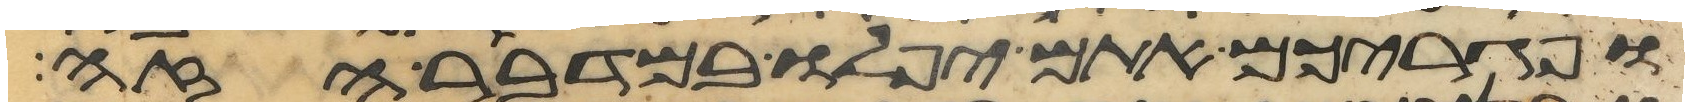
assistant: ופגריכם אתם יפלו במדבר הזה